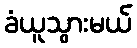
ခံယူသွားမယ်